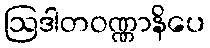
ဩဒါတဝဏ္ဏာနိပေ